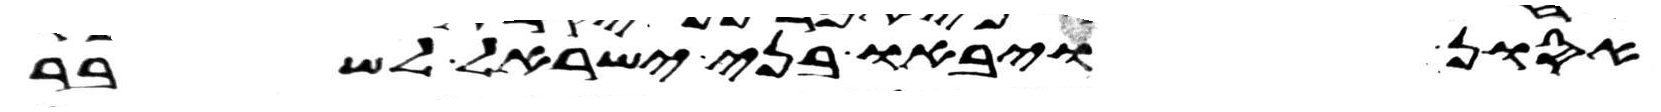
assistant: אסון ויבאו בני ישראל לשבר